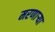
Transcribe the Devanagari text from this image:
मरणार्‍या